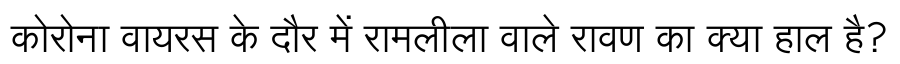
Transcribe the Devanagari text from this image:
कोरोना वायरस के दौर में रामलीला वाले रावण का क्या हाल है?